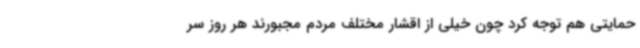
حمایتی هم توجه کرد چون خیلی از اقشار مختلف مردم مجبورند هر روز سر